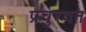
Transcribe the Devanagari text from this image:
प्रचुरवन